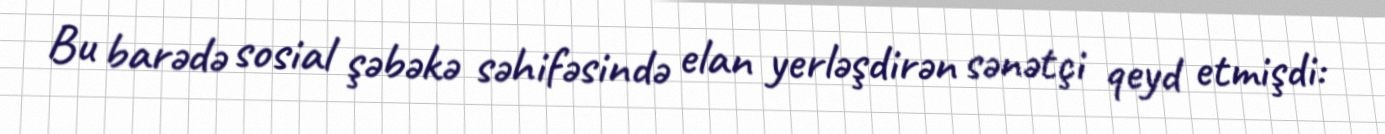
Bu barədə sosial şəbəkə səhifəsində elan yerləşdirən sənətçi qeyd etmişdi: